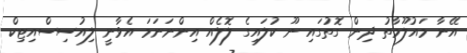
އޭނާ މައުލޫމާތު ދިން ގޮތުގައި ނޫ ކުލައިގެ ލޮލެއް އިންނަނަމަ އެވާނީ ލިއުސިސްއިޓިކް